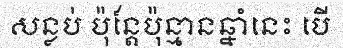
សន្លប់ ប៉ុន្តែប៉ុន្មានឆ្នាំនេះ បើ